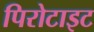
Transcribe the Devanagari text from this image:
पिरोटाइट